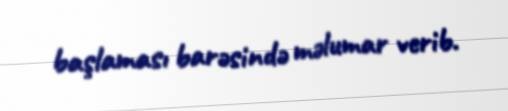
başlaması barəsində məlumar verib.